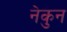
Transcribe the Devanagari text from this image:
नेकुन